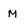
Character: M